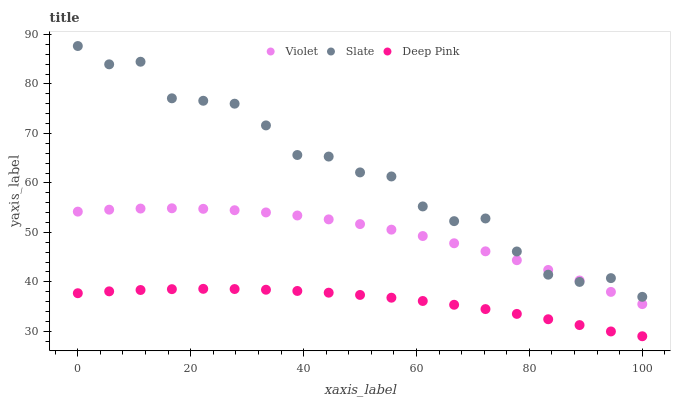
| xaxis_label | Violet | Slate | Deep Pink |
 | --- | --- | --- | --- |
 | 0 | 54.2 | 87.7 | 37.7 |
 | 5.56 | 54.6 | 84 | 38.1 |
 | 11.1 | 54.8 | 84.5 | 38.4 |
 | 16.7 | 54.9 | 77.1 | 38.5 |
 | 22.2 | 54.8 | 76.6 | 38.6 |
 | 27.8 | 54.5 | 76 | 38.5 |
 | 33.3 | 54 | 71.6 | 38.4 |
 | 38.9 | 53.4 | 65.6 | 38.2 |
 | 44.4 | 52.6 | 65.3 | 37.8 |
 | 50 | 51.7 | 62.1 | 37.4 |
 | 55.6 | 50.6 | 61.3 | 36.8 |
 | 61.1 | 49.3 | 55.2 | 36.1 |
 | 66.7 | 47.8 | 52.3 | 35.4 |
 | 72.2 | 46.2 | 52.8 | 34.5 |
 | 77.8 | 44.4 | 46.1 | 33.5 |
 | 83.3 | 42.4 | 41.4 | 32.4 |
 | 88.9 | 40.3 | 40 | 31.3 |
 | 94.4 | 38 | 40.8 | 30 |
 | 100 | 35.5 | 37 | 29 |